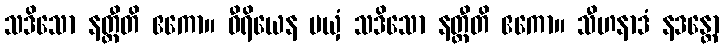
သဒိသော နတ္ထီတိ ဧကော။ ဝီရိယေန မယှံ သဒိသော နတ္ထီတိ ဧကော။ သီဟနာဒံ နဒန္တော